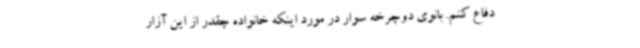
دفاع کنم. بانوی دوچرخه سوار در مورد اینکه خانواده چقدر از این آزار